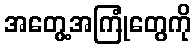
အတွေ့အကြုံတွေကို